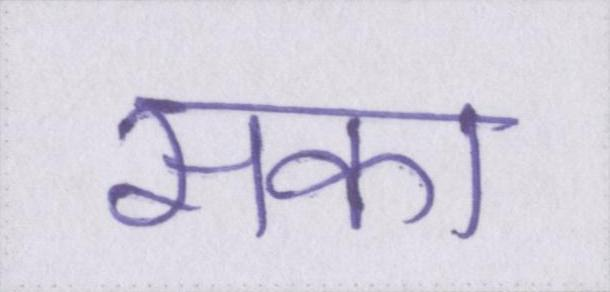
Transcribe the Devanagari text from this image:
सका